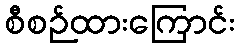
စီစဉ်ထားကြောင်း